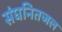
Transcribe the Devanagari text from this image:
संघनितजल